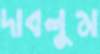
দাবলুম